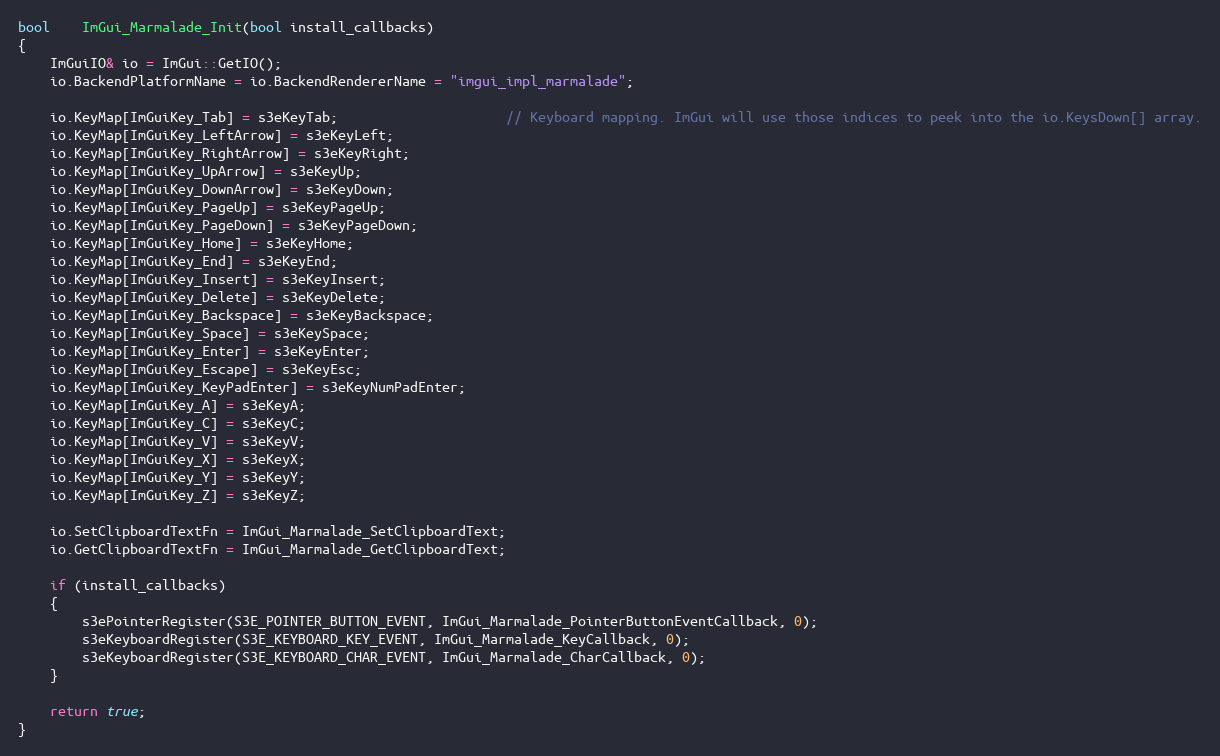
Language: C++
bool    ImGui_Marmalade_Init(bool install_callbacks)
{
    ImGuiIO& io = ImGui::GetIO();
    io.BackendPlatformName = io.BackendRendererName = "imgui_impl_marmalade";

    io.KeyMap[ImGuiKey_Tab] = s3eKeyTab;                     // Keyboard mapping. ImGui will use those indices to peek into the io.KeysDown[] array.
    io.KeyMap[ImGuiKey_LeftArrow] = s3eKeyLeft;
    io.KeyMap[ImGuiKey_RightArrow] = s3eKeyRight;
    io.KeyMap[ImGuiKey_UpArrow] = s3eKeyUp;
    io.KeyMap[ImGuiKey_DownArrow] = s3eKeyDown;
    io.KeyMap[ImGuiKey_PageUp] = s3eKeyPageUp;
    io.KeyMap[ImGuiKey_PageDown] = s3eKeyPageDown;
    io.KeyMap[ImGuiKey_Home] = s3eKeyHome;
    io.KeyMap[ImGuiKey_End] = s3eKeyEnd;
    io.KeyMap[ImGuiKey_Insert] = s3eKeyInsert;
    io.KeyMap[ImGuiKey_Delete] = s3eKeyDelete;
    io.KeyMap[ImGuiKey_Backspace] = s3eKeyBackspace;
    io.KeyMap[ImGuiKey_Space] = s3eKeySpace;
    io.KeyMap[ImGuiKey_Enter] = s3eKeyEnter;
    io.KeyMap[ImGuiKey_Escape] = s3eKeyEsc;
    io.KeyMap[ImGuiKey_KeyPadEnter] = s3eKeyNumPadEnter;
    io.KeyMap[ImGuiKey_A] = s3eKeyA;
    io.KeyMap[ImGuiKey_C] = s3eKeyC;
    io.KeyMap[ImGuiKey_V] = s3eKeyV;
    io.KeyMap[ImGuiKey_X] = s3eKeyX;
    io.KeyMap[ImGuiKey_Y] = s3eKeyY;
    io.KeyMap[ImGuiKey_Z] = s3eKeyZ;

    io.SetClipboardTextFn = ImGui_Marmalade_SetClipboardText;
    io.GetClipboardTextFn = ImGui_Marmalade_GetClipboardText;

    if (install_callbacks)
    {
        s3ePointerRegister(S3E_POINTER_BUTTON_EVENT, ImGui_Marmalade_PointerButtonEventCallback, 0);
        s3eKeyboardRegister(S3E_KEYBOARD_KEY_EVENT, ImGui_Marmalade_KeyCallback, 0);
        s3eKeyboardRegister(S3E_KEYBOARD_CHAR_EVENT, ImGui_Marmalade_CharCallback, 0);
    }

    return true;
}